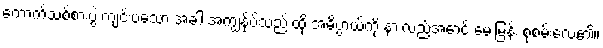
ကောက်သစ်စားပွဲ ကျင်းပသော အခါ အကျွန်ုပ်သည် ထို အဓိပ္ပာယ်ကို နားလည်အောင် မေးမြန်း စုံစမ်းလေ၏။